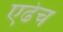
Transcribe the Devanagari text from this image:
एढेच